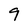
Character: 9